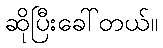
ဆိုပြီးခေါ်တယ်။